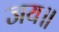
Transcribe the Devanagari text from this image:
जय॥